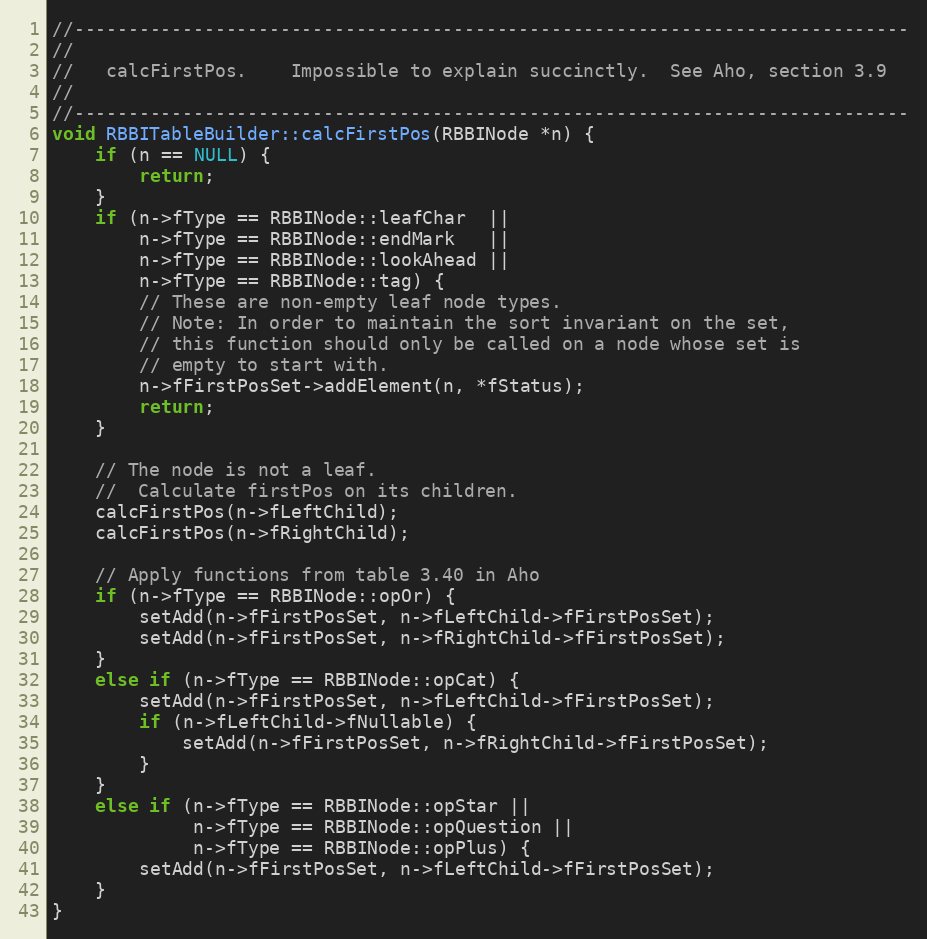
Language: C++
//-----------------------------------------------------------------------------
//
//   calcFirstPos.    Impossible to explain succinctly.  See Aho, section 3.9
//
//-----------------------------------------------------------------------------
void RBBITableBuilder::calcFirstPos(RBBINode *n) {
    if (n == NULL) {
        return;
    }
    if (n->fType == RBBINode::leafChar  ||
        n->fType == RBBINode::endMark   ||
        n->fType == RBBINode::lookAhead ||
        n->fType == RBBINode::tag) {
        // These are non-empty leaf node types.
        // Note: In order to maintain the sort invariant on the set,
        // this function should only be called on a node whose set is
        // empty to start with.
        n->fFirstPosSet->addElement(n, *fStatus);
        return;
    }

    // The node is not a leaf.
    //  Calculate firstPos on its children.
    calcFirstPos(n->fLeftChild);
    calcFirstPos(n->fRightChild);

    // Apply functions from table 3.40 in Aho
    if (n->fType == RBBINode::opOr) {
        setAdd(n->fFirstPosSet, n->fLeftChild->fFirstPosSet);
        setAdd(n->fFirstPosSet, n->fRightChild->fFirstPosSet);
    }
    else if (n->fType == RBBINode::opCat) {
        setAdd(n->fFirstPosSet, n->fLeftChild->fFirstPosSet);
        if (n->fLeftChild->fNullable) {
            setAdd(n->fFirstPosSet, n->fRightChild->fFirstPosSet);
        }
    }
    else if (n->fType == RBBINode::opStar ||
             n->fType == RBBINode::opQuestion ||
             n->fType == RBBINode::opPlus) {
        setAdd(n->fFirstPosSet, n->fLeftChild->fFirstPosSet);
    }
}